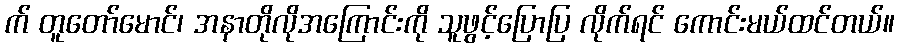
က် တူတော်မောင်၊ အနာတိုလိုအကြောင်းကို သူဖွင့်ပြောပြ လိုက်ရင် ကောင်းမယ်ထင်တယ်။